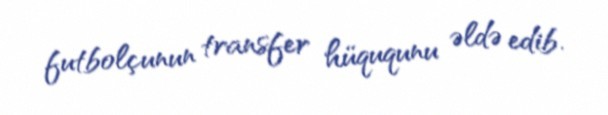
futbolçunun transfer hüququnu əldə edib.